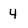
Character: 4